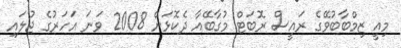
މިއީ ޒިމްބާބުވޭގެ ރައީސް ރޮބަޓް މުގާބޭއާ ދެކޮޅަށް 2008 ވަނަ އަހަރުގެ ޖުލައި